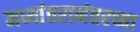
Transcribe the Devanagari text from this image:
मध्यांतरानंतरच्या